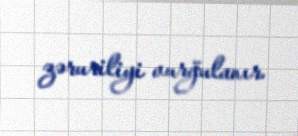
zəruriliyi vurğulanır.